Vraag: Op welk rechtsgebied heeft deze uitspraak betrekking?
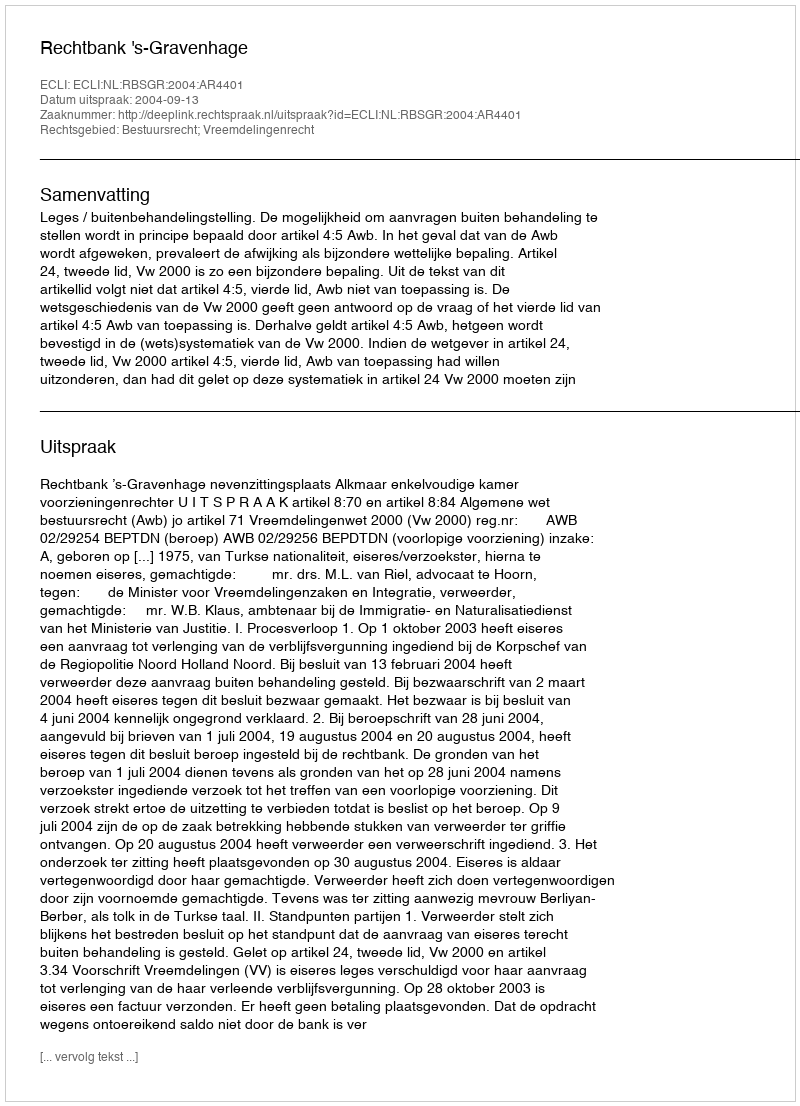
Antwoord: Bestuursrecht; Vreemdelingenrecht